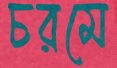
চরমে